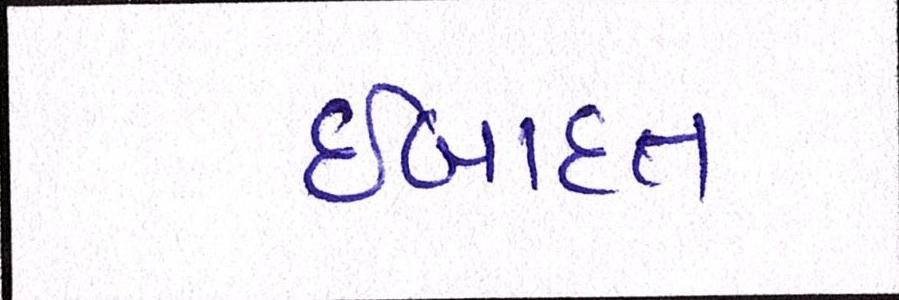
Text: ઈબાદત